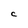
Character: C